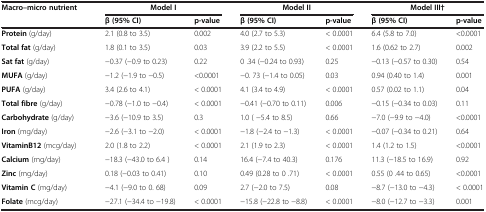
<table><thead><tr><td rowspan="2"><b>Macro–micro nutrient</b></td><td><b>Model I</b></td><td><b> </b></td><td><b>Model II</b></td><td><b> </b></td><td><b>Model III†</b></td><td><b> </b></td></tr><tr><td><b>β (95% CI)</b></td><td><b>p-value</b></td><td><b>β (95% CI)</b></td><td><b>p-value</b></td><td><b>β (95% CI)</b></td><td><b>p-value</b></td></tr></thead><tbody><tr><td><b>Protein</b> (g/day)</td><td>2.1 (0.8 to 3.5)</td><td>0.002</td><td>4.0 (2.7 to 5.3)</td><td>&lt; 0.0001</td><td>6.4 (5.8 to 7.0)</td><td>&lt;0.0001</td></tr><tr><td><b>Total fat</b> (g/day)</td><td>1.8 (0.1 to 3.5)</td><td>0.03</td><td>3.9 (2.2 to 5.5)</td><td>&lt; 0.0001</td><td>1.6 (0.62 to 2.7)</td><td>0.002</td></tr><tr><td><b>Sat fat</b> (g/day)</td><td>−0.37 (−0.9 to 0.23)</td><td>0.22</td><td>0 .34 (−0.24 to 0.93)</td><td>0.25</td><td>−0.13 (−0.57 to 0.30)</td><td>0.54</td></tr><tr><td><b>MUFA</b> (g/day)</td><td>−1.2 (−1.9 to −0.5)</td><td>&lt;0.0001</td><td>−0. 73 (−1.4 to 0.05)</td><td>0.03</td><td>0.94 (0.40 to 1.4)</td><td>0.001</td></tr><tr><td><b>PUFA</b> (g/day)</td><td>3.4 (2.6 to 4.1)</td><td>&lt; 0.0001</td><td>4.1 (3.4 to 4.9)</td><td>&lt; 0.0001</td><td>0.57 (0.02 to 1.1)</td><td>0.04</td></tr><tr><td><b>Total fibre</b> (g/day)</td><td>−0.78 (−1.0 to −0.4)</td><td>&lt; 0.0001</td><td>−0.41 (−0.70 to 0.11)</td><td>0.006</td><td>−0.15 (−0.34 to 0.03)</td><td>0.11</td></tr><tr><td><b>Carbohydrate</b> (g/day)</td><td>−3.6 (−10.9 to 3.5)</td><td>0.3</td><td>1.0 ( −5.4 to 8.5)</td><td>0.66</td><td>−7.0 (−9.9 to −4.0)</td><td>&lt;0.0001</td></tr><tr><td><b>Iron</b> (mg/day)</td><td>−2.6 (−3.1 to −2.0)</td><td>&lt; 0.0001</td><td>−1.8 (−2.4 to −1.3)</td><td>&lt; 0.0001</td><td>−0.07 (−0.34 to 0.21)</td><td>0.64</td></tr><tr><td><b>VitaminB12</b> (mcg/day)</td><td>2.0 (1.8 to 2.2)</td><td>&lt; 0.0001</td><td>2.1 (1.9 to 2.3)</td><td>&lt; 0.0001</td><td>1.4 (1.2 to 1.5)</td><td>&lt;0.0001</td></tr><tr><td><b>Calcium</b> (mg/day)</td><td>−18.3 (−43.0 to 6.4 )</td><td>0.14</td><td>16.4 (−7.4 to 40.3)</td><td>0.176</td><td>11.3 (−18.5 to 16.9)</td><td>0.92</td></tr><tr><td><b>Zinc</b> (mg/day)</td><td>0.18 (−0.03 to 0.41)</td><td>0.10</td><td>0.49 (0.28 to 0 .71)</td><td>&lt; 0.0001</td><td>0.55 (0 .44 to 0.65)</td><td>&lt;0.0001</td></tr><tr><td><b>Vitamin C</b> (mg/day)</td><td>−4.1 (−9.0 to 0. 68)</td><td>0.09</td><td>2.7 (−2.0 to 7.5)</td><td>0.08</td><td>−8.7 (−13.0 to −4.3)</td><td>&lt; 0.0001</td></tr><tr><td><b>Folate</b> (mcg/day)</td><td>−27.1 (−34.4 to −19.8)</td><td>&lt; 0.0001</td><td>−15.8 (−22.8 to −8.8)</td><td>&lt; 0.0001</td><td>−8.0 (−12.7 to −3.3)</td><td>0.001</td></tr></tbody></table>